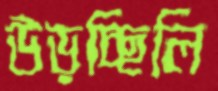
উড়চ্ছিলি